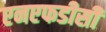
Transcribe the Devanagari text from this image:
एनएफडीसी